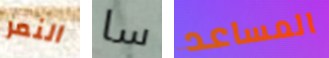
النمر سا المساعد